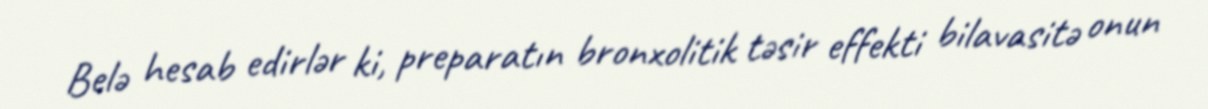
Belə hesab edirlər ki, preparatın bronxolitik təsir effekti bilavasitə onun